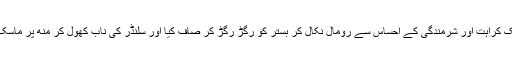
اس نے ایک کراہت اور شرمندگی کے احساس سے رومال نکال کر بستر کو رگڑ رگڑ کر صاف کیا اور سلنڈر کی ناب کھول کر مُنھ پر ماسک چڑھا لیا۔